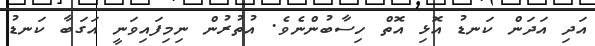
އަދި އަދަން ކަނޑު އޮޅި އޮތް ހިސާބުންނެވެ. އުތުރުން ނިމިފައިވަނީ އަގަބާ ކަނޑު